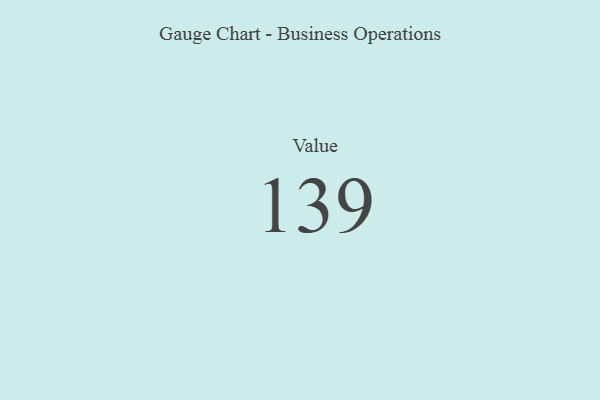
{"axis": {"x": "Metric", "y": "Value"}, "legend": [""], "data": [{"x": "Value", "y": 139, "type": ""}]}